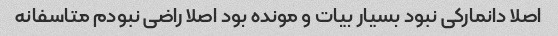
اصلا دانمارکی نبود بسیار بیات و مونده بود اصلا راضی نبودم متاسفانه